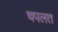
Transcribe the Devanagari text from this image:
चपलत